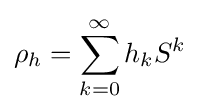
\rho _{h}=\sum _{k=0}^{\infty }h_{k}S^{k}